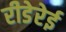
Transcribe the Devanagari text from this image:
रीडेरेई